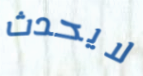
لايحدث